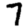
Digit: 7